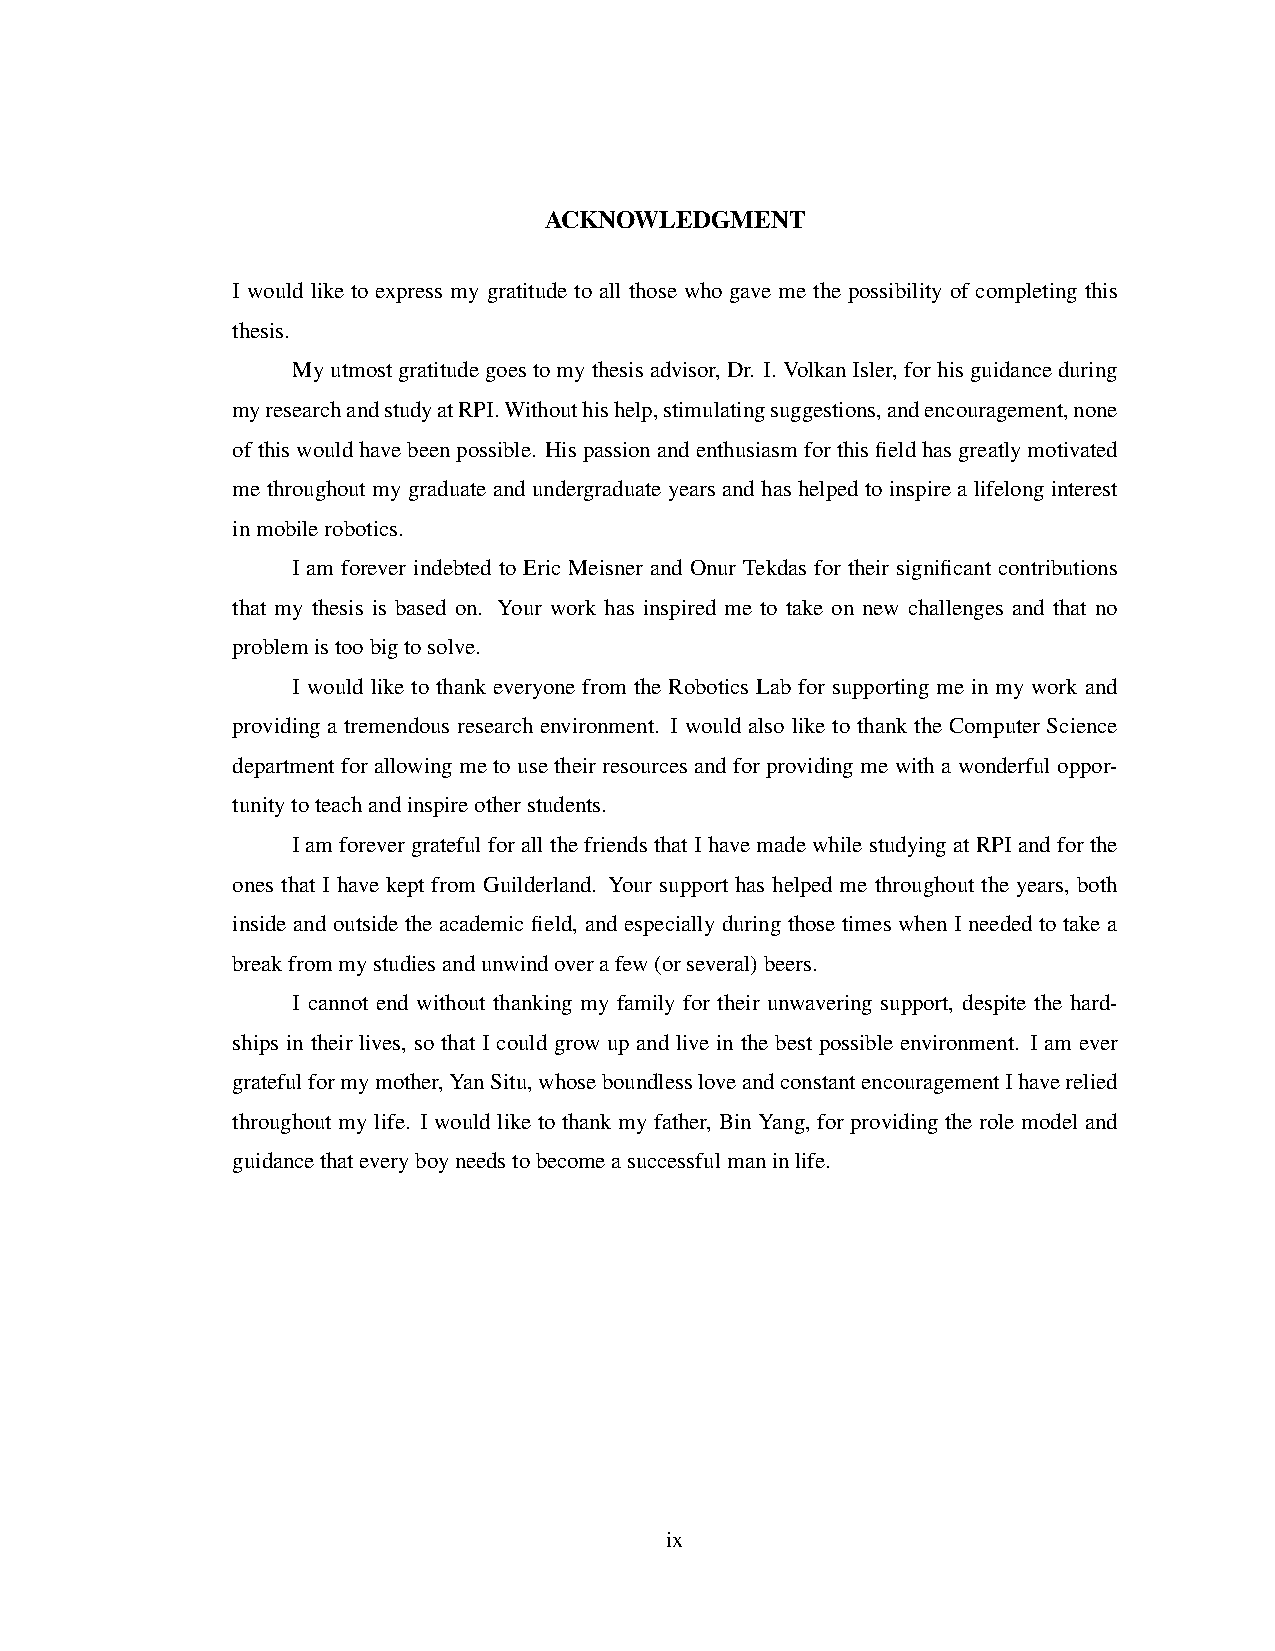
ACKNOWLEDGMENT
 I would like to express my gratitude to all those who gave me the possibility of completing this
 thesis.
 Myutmostgratitudegoestomythesisadvisor,Dr. I.VolkanIsler,forhisguidanceduring
 myresearchandstudyatRPI.Withouthishelp,stimulatingsuggestions,andencouragement,none
 ofthiswouldhavebeenpossible. Hispassionandenthusiasmforthisfieldhasgreatlymotivated
 me throughout my graduate and undergraduate years and has helped to inspire a lifelong interest
 inmobilerobotics.
 I am forever indebted to Eric Meisner and Onur Tekdas for their significant contributions
 that my thesis is based on. Your work has inspired me to take on new challenges and that no
 problemistoobigtosolve.
 I would like to thank everyone from the Robotics Lab for supporting me in my work and
 providing a tremendous research environment. I would also like to thank the Computer Science
 department for allowing me to use their resources and for providing me with a wonderful oppor-
 tunitytoteachandinspireotherstudents.
 I am forever grateful for all the friends that I have made while studying at RPI and for the
 ones that I have kept from Guilderland. Your support has helped me throughout the years, both
 inside and outside the academic field, and especially during those times when I needed to take a
 breakfrommystudiesandunwindoverafew(orseveral)beers.
 I cannot end without thanking my family for their unwavering support, despite the hard-
 ships in their lives, so that I could grow up and live in the best possible environment. I am ever
 gratefulformymother,YanSitu,whoseboundlessloveandconstantencouragementIhaverelied
 throughout my life. I would like to thank my father, Bin Yang, for providing the role model and
 guidancethateveryboyneedstobecomeasuccessfulmaninlife.
 ix